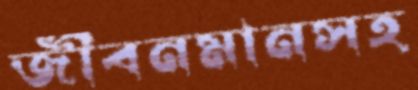
জীবনমানসহ